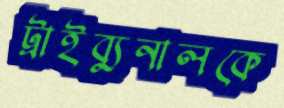
ট্রাইব্যুনালকে